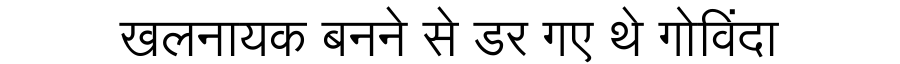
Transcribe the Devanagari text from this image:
खलनायक बनने से डर गए थे गोविंदा